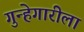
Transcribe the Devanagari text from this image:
गुन्हेगारीला